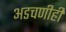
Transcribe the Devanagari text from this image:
अडचणीही